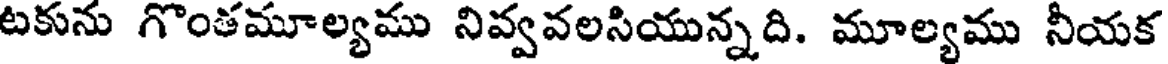
టకును గొంతమూల్యము నివ్వవలసియున్నది. మూల్యము నీయక